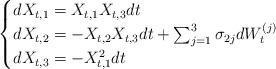
LaTeX: \begin{align*}\begin{cases}d X_{t,1} = X_{t,1} X_{t,3} dt \\ d X_{t,2} = - X_{t,2}X_{t,3}dt + \sum_{j=1}^3 \sigma_{2 j} dW_t^{(j)} \\ d X_{t,3} = -X_{t,1}^2dt \end{cases}\end{align*}